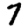
Digit: 7